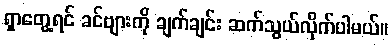
ရှာတွေ့ရင် ခင်ဗျားကို ချက်ချင်း ဆက်သွယ်လိုက်ပါမယ်။